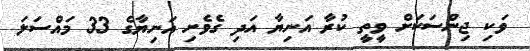
ވަކި ޖިންސަކަށް ވީތީ ކުރާ އަނިޔާ އަދި ގެވެށި އަނިޔާގެ 33 މައްސަލަ